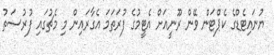
ޔުނައިޓެޑްގެ ކެޕްޓަން ވޭން ރޫނީއަށް އެޓީމުގެ ފުރަތަމަ އެގާރައިން މި މެޗުގައި ފުރުސަތު